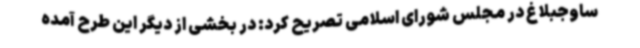
ساوجبلاغ در مجلس شورای اسلامی تصریح کرد: در بخشی از دیگر این طرح آمده